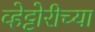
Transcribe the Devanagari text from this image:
व्हेट्टोरीच्या